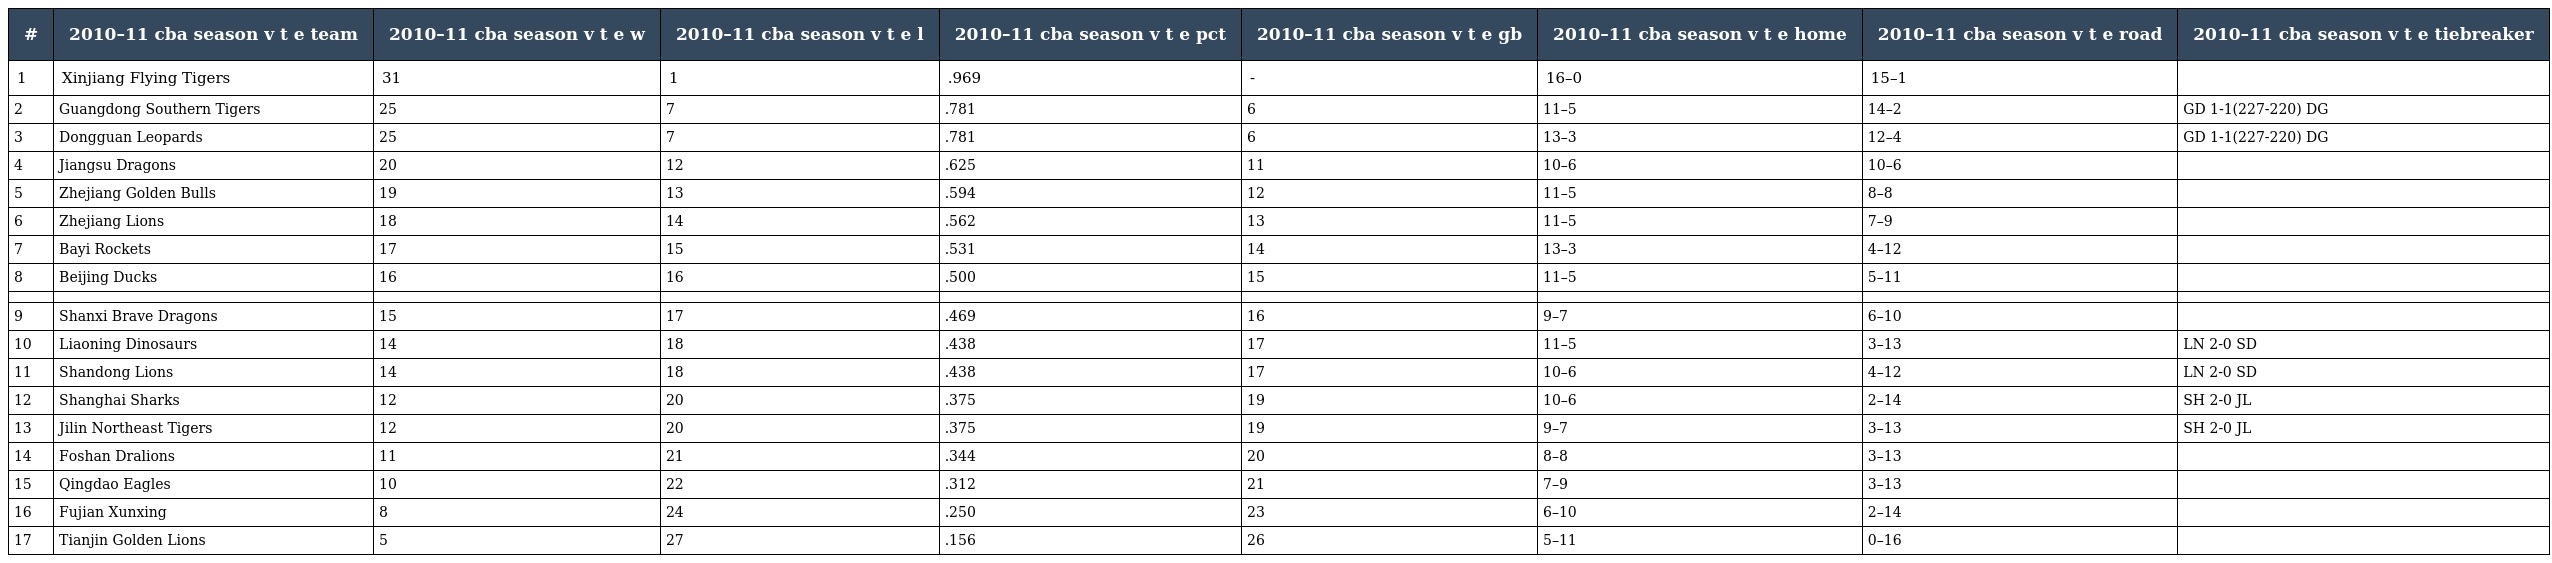
| # | 2010–11 cba season v t e team | 2010–11 cba season v t e w | 2010–11 cba season v t e l | 2010–11 cba season v t e pct | 2010–11 cba season v t e gb | 2010–11 cba season v t e home | 2010–11 cba season v t e road | 2010–11 cba season v t e tiebreaker |
 | --- | --- | --- | --- | --- | --- | --- | --- | --- |
 | 1 | Xinjiang Flying Tigers | 31 | 1 | .969 | - | 16–0 | 15–1 |  |
 | 2 | Guangdong Southern Tigers | 25 | 7 | .781 | 6 | 11–5 | 14–2 | GD 1-1(227-220) DG |
 | 3 | Dongguan Leopards | 25 | 7 | .781 | 6 | 13–3 | 12–4 | GD 1-1(227-220) DG |
 | 4 | Jiangsu Dragons | 20 | 12 | .625 | 11 | 10–6 | 10–6 |  |
 | 5 | Zhejiang Golden Bulls | 19 | 13 | .594 | 12 | 11–5 | 8–8 |  |
 | 6 | Zhejiang Lions | 18 | 14 | .562 | 13 | 11–5 | 7–9 |  |
 | 7 | Bayi Rockets | 17 | 15 | .531 | 14 | 13–3 | 4–12 |  |
 | 8 | Beijing Ducks | 16 | 16 | .500 | 15 | 11–5 | 5–11 |  |
 |  |  |  |  |  |  |  |  |  |
 | 9 | Shanxi Brave Dragons | 15 | 17 | .469 | 16 | 9–7 | 6–10 |  |
 | 10 | Liaoning Dinosaurs | 14 | 18 | .438 | 17 | 11–5 | 3–13 | LN 2-0 SD |
 | 11 | Shandong Lions | 14 | 18 | .438 | 17 | 10–6 | 4–12 | LN 2-0 SD |
 | 12 | Shanghai Sharks | 12 | 20 | .375 | 19 | 10–6 | 2–14 | SH 2-0 JL |
 | 13 | Jilin Northeast Tigers | 12 | 20 | .375 | 19 | 9–7 | 3–13 | SH 2-0 JL |
 | 14 | Foshan Dralions | 11 | 21 | .344 | 20 | 8–8 | 3–13 |  |
 | 15 | Qingdao Eagles | 10 | 22 | .312 | 21 | 7–9 | 3–13 |  |
 | 16 | Fujian Xunxing | 8 | 24 | .250 | 23 | 6–10 | 2–14 |  |
 | 17 | Tianjin Golden Lions | 5 | 27 | .156 | 26 | 5–11 | 0–16 |  |